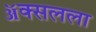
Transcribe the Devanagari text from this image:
ॲक्सलला